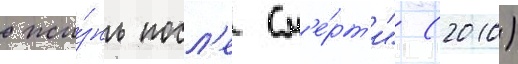
жи́знь посл'е см'е́рт'и" (2010)